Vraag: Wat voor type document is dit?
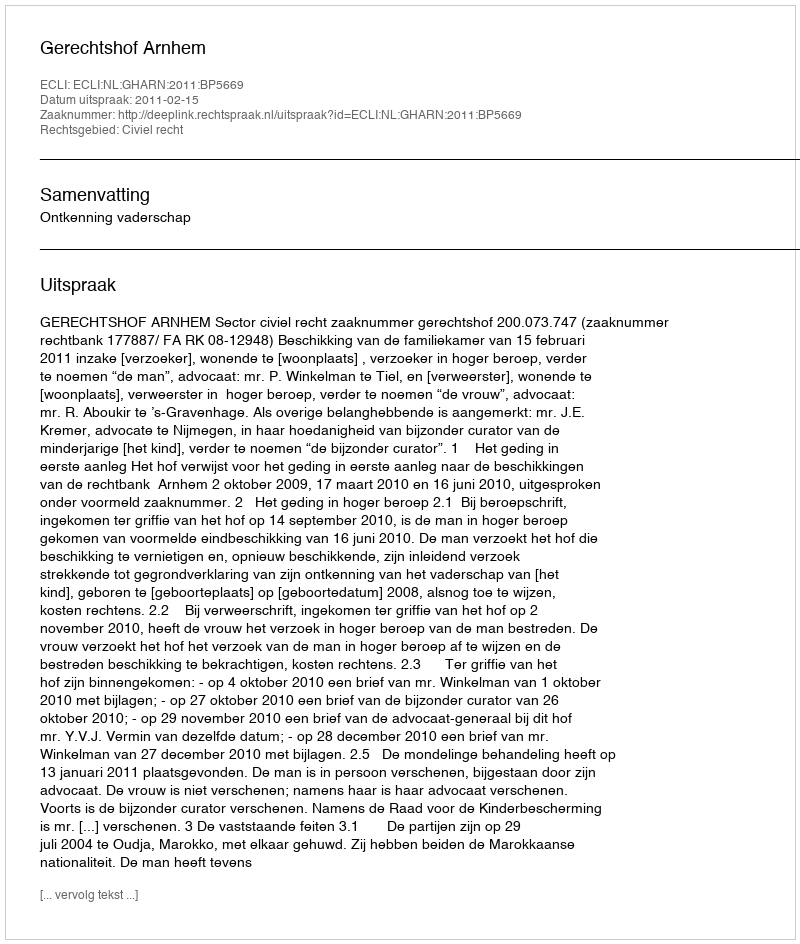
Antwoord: Uitspraak